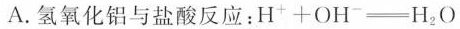
A.氢氧化铝与盐酸反应：$$H ^ { + } + O H ^ { - } = H _ { 2 } O$$